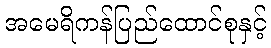
အမေရိကန်ပြည်ထောင်စုနှင့်